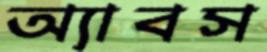
অ্যাবস